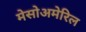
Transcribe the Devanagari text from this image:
मेसोअमेरिल